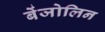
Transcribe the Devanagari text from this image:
बेंजोलिन